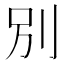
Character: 別